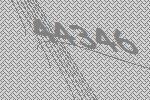
44346